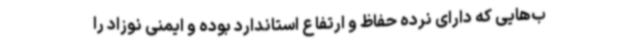
ب‌هایی که دارای نرده حفاظ و ارتفاع استاندارد بوده و ایمنی نوزاد را